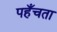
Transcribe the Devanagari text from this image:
पहँचता